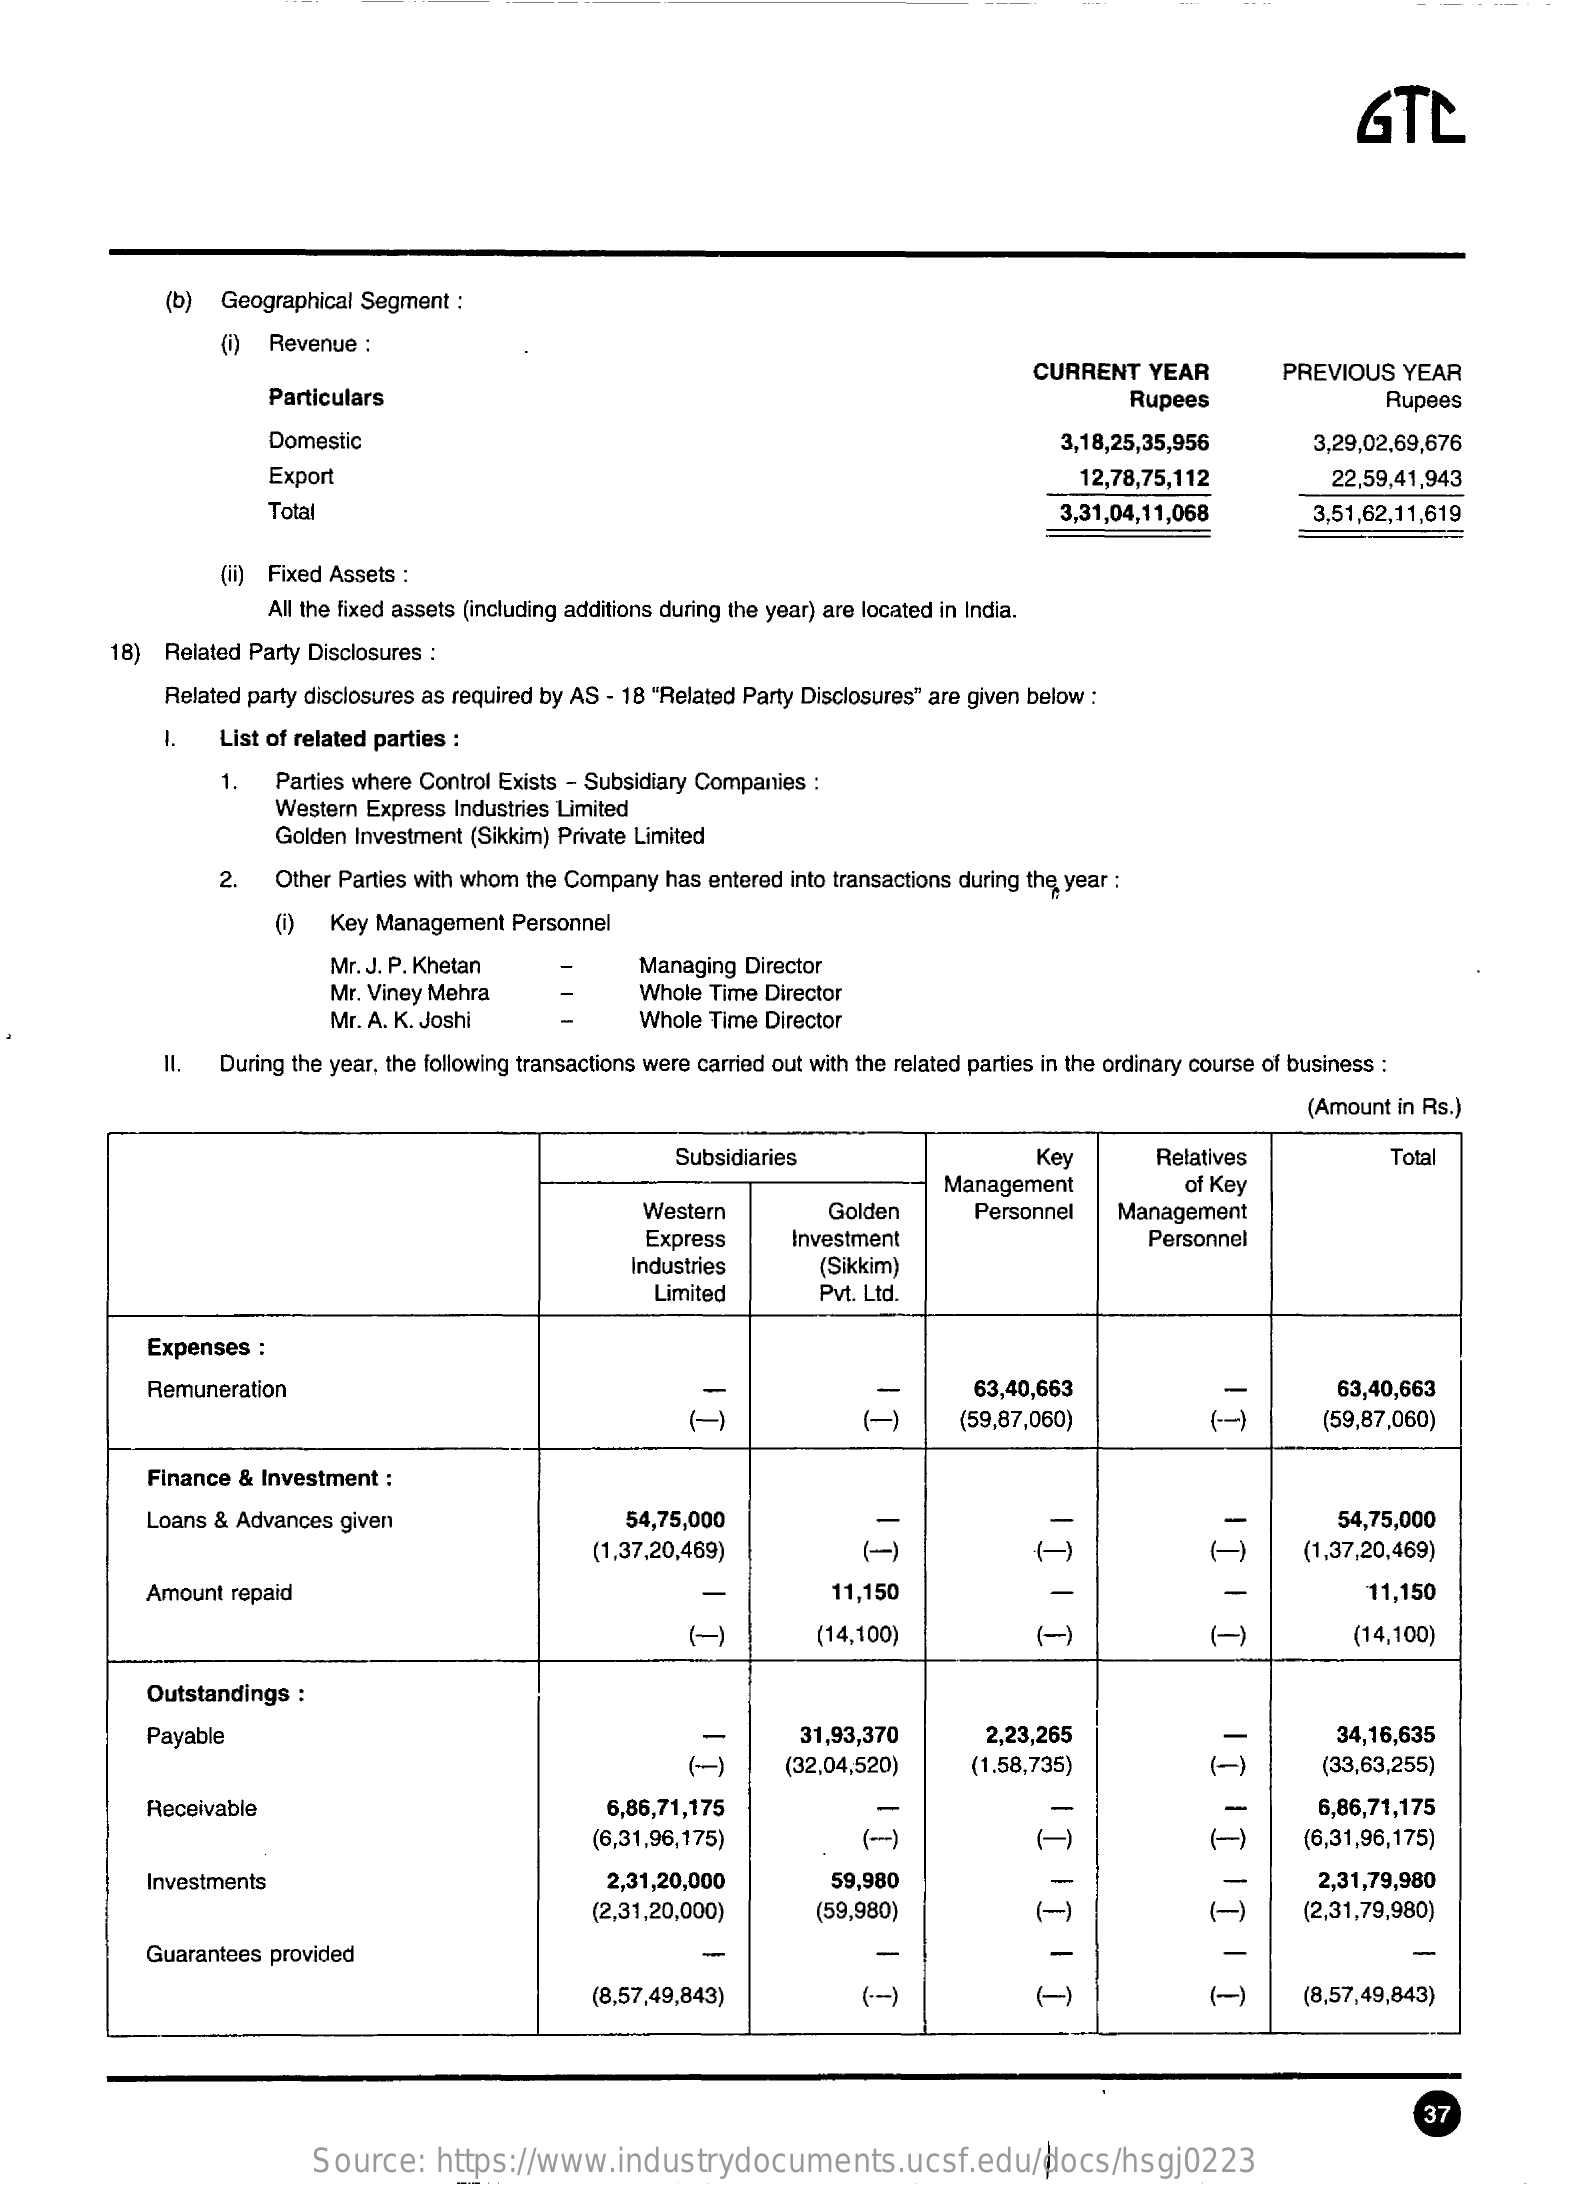
GTC
     (b)  Geographical Segment :
     Revenue  :
     Particulars
     CURRENT  YEAR    PREVIOUS  YEAR
     Rupees    Rupees
     Domestic    3,18,25,35,956    3,29,02,69,676
     Export    12,78,75,112    22,59,41,943
     Total    3,31,04,11,068    3,51,62,11,619
     Fixed Assets :
     All the fixed assets (including additions during the year) are located in India.
     18) Related Party Disclosures :
     Related party disclosures as required by AS - 18 "Related Party Disclosures" are given below :
     List of related parties :
     1.   Parties where Control Exists - Subsidiary Companies :
     Western Express Industries Limited
     Golden Investment (Sikkim) Private Limited
     2.   Other Parties with whom the Company has entered into transactions during the year :
     Key Management Personnel
     Mr. J. P. Khetan    Managing Director
     Mr. Viney Mehra    Whole Time Director
     Mr. A. K. Joshi    Whole Time Director
     11.  During the year, the following transactions were carried out with the related parties in the ordinary course of business :
     (Amount in Rs.)
     Subsidiaries    Key    Relatives    Total
     Management
     Western
     of Key
     Golden    Personnel    Management
     Express    Investment
     Industries
     Personnel
     (Sikkim)
     Limited    Pvt. Ltd.
     Expenses :
     Remuneration    63,40,663
     IT
     63,40,663
     (59,87,060)    (59,87,060)
     Finance & Investment :
     Loans & Advances given    54,75,000    54,75,000
     (1,37,20,469)    (1,37,20,469)
     Amount repaid    11,150    11,150
     (14,100)    (-)    (-)    (14,100)
     Outstandings :
     Payable    31,93,370    2,23,265    34,16,635
     II
     II
     II
     II
     (32,04,520)    (1,58,735)    ( -)    (33,63,255)
     Receivable    6,86,71,175
     (6,31,96,175)    (-)    (-)
     6,86,71,175
     (6,31,96,175)
     Investments    2,31,20,000    59,980
     (-)
     2,31,79,980
     (2,31,20,000)    (59,980)    (-)    (2,31,79,980)
     Guarantees provided
     (8,57,49,843)    (-)    (-)    (8,57,49,843)
     37
     Source:   https://www.industrydocuments.ucsf.edu/docs/hsgj0223